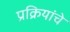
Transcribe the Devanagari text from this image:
प्रक्रियांचे